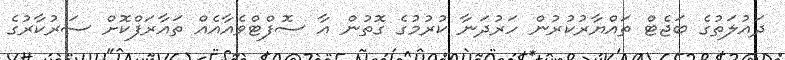
ދައުލަތުގެ ބަޖެޓް ތައްޔާރުކުރުން ހަރުދަނާ ކުރުމުގެ ގޮތުން އާ ސޮފްޓްވެއާއެއް ތައާރަފްކޮށް ސަރުކާރުގެ